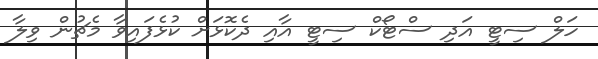
ހަލް ސިޓީ އަދި ސްޓޯކް ސިޓީ އާއި ދެކޮޅަށް ކުޅެފައިވާ މެޗުން ވިލާ